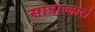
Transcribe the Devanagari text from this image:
सान्नाज्जारो